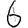
Digit: 6